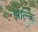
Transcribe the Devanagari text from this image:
झल्कि